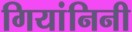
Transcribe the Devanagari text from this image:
गियांनिनी